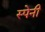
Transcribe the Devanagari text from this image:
स्‍पेनी